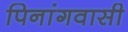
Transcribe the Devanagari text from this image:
पिनांगवासी